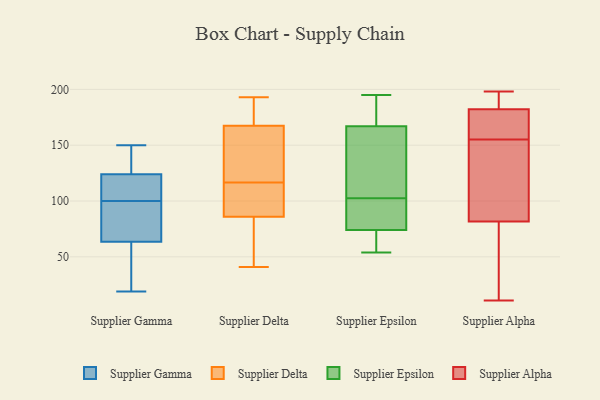
{"axis": {"x": "Revenue (USD Million)", "y": "Value"}, "legend": ["Supplier Alpha", "Supplier Delta", "Supplier Epsilon", "Supplier Gamma"], "data": [{"x": "", "y": 105, "type": "Supplier Gamma"}, {"x": "", "y": 19, "type": "Supplier Gamma"}, {"x": "", "y": 61, "type": "Supplier Gamma"}, {"x": "", "y": 66, "type": "Supplier Gamma"}, {"x": "", "y": 76, "type": "Supplier Gamma"}, {"x": "", "y": 117, "type": "Supplier Gamma"}, {"x": "", "y": 129, "type": "Supplier Gamma"}, {"x": "", "y": 23, "type": "Supplier Gamma"}, {"x": "", "y": 150, "type": "Supplier Gamma"}, {"x": "", "y": 95, "type": "Supplier Gamma"}, {"x": "", "y": 119, "type": "Supplier Gamma"}, {"x": "", "y": 130, "type": "Supplier Gamma"}, {"x": "", "y": 113, "type": "Supplier Delta"}, {"x": "", "y": 59, "type": "Supplier Delta"}, {"x": "", "y": 193, "type": "Supplier Delta"}, {"x": "", "y": 171, "type": "Supplier Delta"}, {"x": "", "y": 49, "type": "Supplier Delta"}, {"x": "", "y": 183, "type": "Supplier Delta"}, {"x": "", "y": 159, "type": "Supplier Delta"}, {"x": "", "y": 106, "type": "Supplier Delta"}, {"x": "", "y": 50, "type": "Supplier Delta"}, {"x": "", "y": 104, "type": "Supplier Delta"}, {"x": "", "y": 41, "type": "Supplier Delta"}, {"x": "", "y": 68, "type": "Supplier Delta"}, {"x": "", "y": 113, "type": "Supplier Delta"}, {"x": "", "y": 156, "type": "Supplier Delta"}, {"x": "", "y": 193, "type": "Supplier Delta"}, {"x": "", "y": 115, "type": "Supplier Delta"}, {"x": "", "y": 118, "type": "Supplier Delta"}, {"x": "", "y": 189, "type": "Supplier Delta"}, {"x": "", "y": 125, "type": "Supplier Delta"}, {"x": "", "y": 164, "type": "Supplier Delta"}, {"x": "", "y": 74, "type": "Supplier Epsilon"}, {"x": "", "y": 94, "type": "Supplier Epsilon"}, {"x": "", "y": 54, "type": "Supplier Epsilon"}, {"x": "", "y": 195, "type": "Supplier Epsilon"}, {"x": "", "y": 116, "type": "Supplier Epsilon"}, {"x": "", "y": 111, "type": "Supplier Epsilon"}, {"x": "", "y": 67, "type": "Supplier Epsilon"}, {"x": "", "y": 194, "type": "Supplier Epsilon"}, {"x": "", "y": 74, "type": "Supplier Epsilon"}, {"x": "", "y": 167, "type": "Supplier Epsilon"}, {"x": "", "y": 145, "type": "Supplier Alpha"}, {"x": "", "y": 54, "type": "Supplier Alpha"}, {"x": "", "y": 194, "type": "Supplier Alpha"}, {"x": "", "y": 169, "type": "Supplier Alpha"}, {"x": "", "y": 189, "type": "Supplier Alpha"}, {"x": "", "y": 11, "type": "Supplier Alpha"}, {"x": "", "y": 98, "type": "Supplier Alpha"}, {"x": "", "y": 81, "type": "Supplier Alpha"}, {"x": "", "y": 155, "type": "Supplier Alpha"}, {"x": "", "y": 84, "type": "Supplier Alpha"}, {"x": "", "y": 180, "type": "Supplier Alpha"}, {"x": "", "y": 194, "type": "Supplier Alpha"}, {"x": "", "y": 183, "type": "Supplier Alpha"}, {"x": "", "y": 164, "type": "Supplier Alpha"}, {"x": "", "y": 171, "type": "Supplier Alpha"}, {"x": "", "y": 34, "type": "Supplier Alpha"}, {"x": "", "y": 198, "type": "Supplier Alpha"}, {"x": "", "y": 103, "type": "Supplier Alpha"}, {"x": "", "y": 72, "type": "Supplier Alpha"}]}